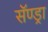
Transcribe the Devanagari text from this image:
सॅण्ड्रा